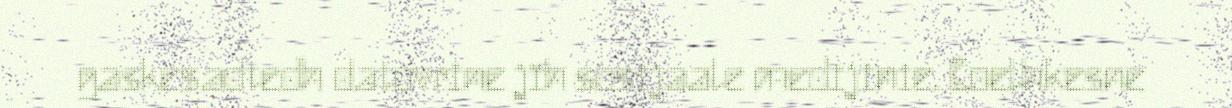
gaskesadtedh datovrine jïh sosijaale medijinie. Boelhkesne